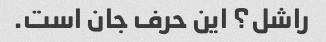
راشل؟ این حرف جان است.